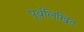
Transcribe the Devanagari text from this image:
पूर्वलिखित